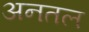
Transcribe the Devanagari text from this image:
अनतल